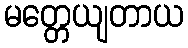
မတ္တေယျတာယ